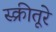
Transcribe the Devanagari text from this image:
स्क्रीतूरे